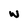
Character: w